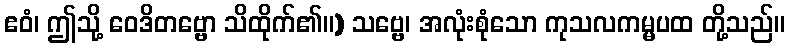
ဧဝံ၊ ဤသို့ ဝေဒိတဗ္ဗော သိထိုက်၏။) သဗ္ဗေ၊ အလုံးစုံသော ကုသလကမ္မပထ တို့သည်။